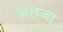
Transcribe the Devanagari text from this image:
जलजा